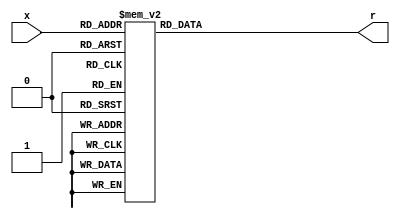
`timescale 1ns / 1ps


module hex_to_7seg(
    input [3:0] x,
    output reg [6:0] r
    );
    always @(*)
        case (x)
            4'b0000 : r = 7'b0000001;
            4'b0001 : r = 7'b1001111;
            4'b0010 : r = 7'b0010010;
            4'b0011 : r = 7'b0000110;
            4'b0100 : r = 7'b1001100;
            4'b0101 : r = 7'b0100100;
            4'b0110 : r = 7'b0100000;
            4'b0111 : r = 7'b0001111;
            4'b1000 : r = 7'b0000000;
            4'b1001 : r = 7'b0001100;
            4'b1010 : r = 7'b0001000;
            4'b1011 : r = 7'b1100000;
            4'b1100 : r = 7'b0110001;
            4'b1101 : r = 7'b1000010;
            4'b1110 : r = 7'b0110000;
            4'b1111 : r = 7'b0111000;
        endcase
        
endmodule